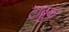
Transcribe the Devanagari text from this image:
टाब्रुक